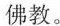
佛教。